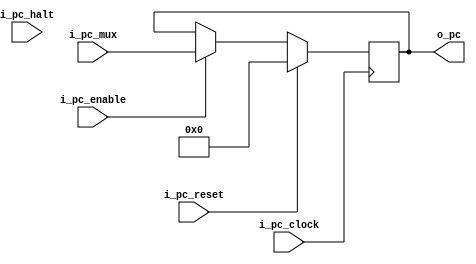
`timescale 1ns / 1ps

module PC#(
       parameter    NB_PC = 32,
       parameter    HALT_OPCODE = 'hffffffff,
       parameter    INST_MEMORY_BITS=26
    )    
    (
        input wire                                  i_pc_enable,
        input wire                                  i_pc_clock,
        input wire                                  i_pc_reset,    
        input wire                                  i_pc_halt,
        input wire    [NB_PC - 1 : 0]               i_pc_mux,
   
        output wire   [NB_PC - 1 : 0]               o_pc
    );
    
    reg [NB_PC - 1 : 0] pc;
    
    assign o_pc = pc;
    
    always@(posedge i_pc_clock)
        if(i_pc_reset) 
        begin
            pc <= 0;
        end
        else if(i_pc_enable)
        begin
            pc <= i_pc_mux;
        end
        else 
        begin
            pc <= pc;
        end
       
endmodule